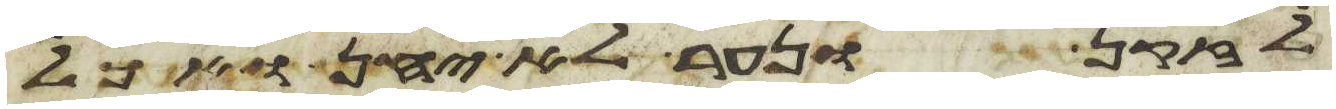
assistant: לזקן ונער לא יחן ואכל